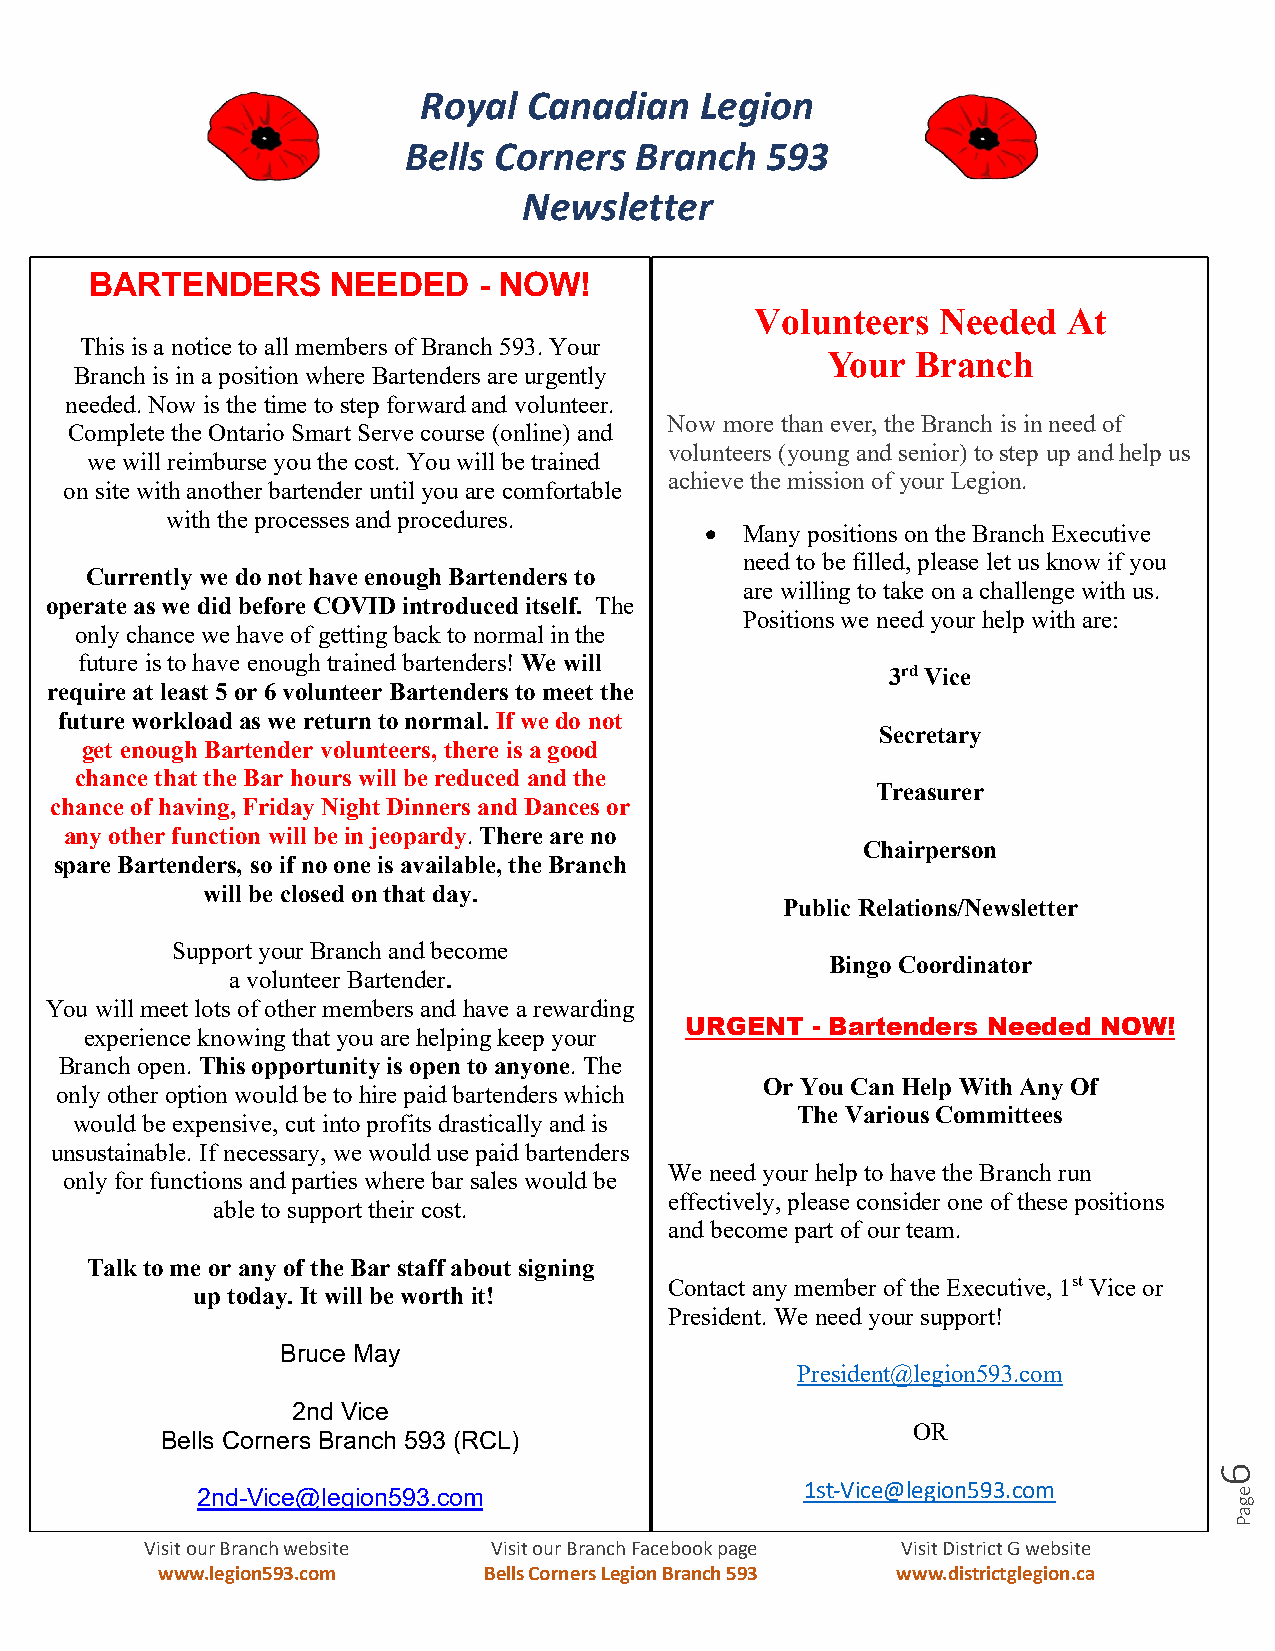
Royal  Canadian   Legion
 Bells Corners  Branch   593
 Newsletter
 BARTENDERS      NEEDED    - NOW!
 Volunteers  Needed   At
 This is a notice to all members of Branch 593. Your
 Your  Branch
 Branch is in a position where Bartenders are urgently
 needed. Now is the time to step forward and volunteer.
 Now more than ever, the Branch is in need of
 Complete the Ontario Smart Serve course (online) and
 volunteers (young and senior) to step up and help us
 we will reimburse you the cost. You will be trained
 achieve the mission of your Legion.
 on site with another bartender until you are comfortable
 with the processes and procedures.
  Many positions on the Branch Executive
 need to be filled, please let us know if you
 Currently we do not have enough Bartenders to
 are willing to take on a challenge with us.
 operate as we did before COVID introduced itself. The
 Positions we need your help with are:
 only chance we have of getting back to normal in the
 future is to have enough trained bartenders! We will
 3rd Vice
 require at least 5 or 6 volunteer Bartenders to meet the
 future workload as we return to normal. If we do not
 Secretary
 get enough Bartender volunteers, there is a good
 chance that the Bar hours will be reduced and the
 Treasurer
 chance of having, Friday Night Dinners and Dances or
 any other function will be in jeopardy. There are no
 Chairperson
 spare Bartenders, so if no one is available, the Branch
 will be closed on that day.
 Public Relations/Newsletter
 Support your Branch and become
 Bingo Coordinator
 a volunteer Bartender.
 You will meet lots of other members and have a rewarding
 URGENT   - Bartenders Needed NOW!
 experience knowing that you are helping keep your
 Branch open. This opportunity is open to anyone. The
 Or You Can Help With Any Of
 only other option would be to hire paid bartenders which
 The Various Committees
 would be expensive, cut into profits drastically and is
 unsustainable. If necessary, we would use paid bartenders
 We need your help to have the Branch run
 only for functions and parties where bar sales would be
 effectively, please consider one of these positions
 able to support their cost.
 and become part of our team.
 Talk to me or any of the Bar staff about signing
 Contact any member of the Executive, 1st Vice or
 up today. It will be worth it!
 President. We need your support!
 Bruce May
 President@legion593.com
 2nd Vice
 OR
 Bells Corners Branch 593 (RCL)
 2nd-Vice@legion593.com
 1st-Vice@legion593.com
 Visit our Branch website Visit our Branch Facebook page Visit District G website
 www.legion593.com     Bells Corners Legion Branch 593 www.districtglegion.ca
 6
 egaP